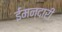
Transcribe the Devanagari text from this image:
ईमन्दारी